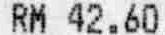
RM 42.60